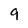
Character: 9